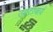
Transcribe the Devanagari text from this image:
उवटाचार्य